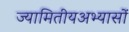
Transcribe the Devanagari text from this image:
ज्यामितीयअभ्यासों